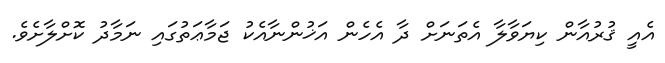
އެއީ ޤުރުއާން ކިޔަވާލާ އެތަނަށް ދާ އެހެން އަޚުންނާއެކު ޖަމާޢަތުގައި ނަމާދު ކޮށްލާށެވެ.